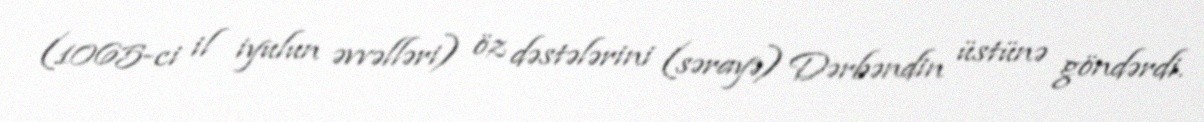
(1065-ci il iyulun əvvəlləri) öz dəstələrini (sərayə) Dərbəndin üstünə göndərdi.